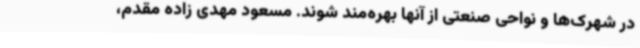
در شهرک‌ها و نواحی صنعتی از آنها بهره‌مند شوند. مسعود مهدی ‌زاده مقدم،